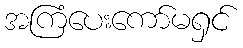
အကြံပေးကော်မရှင်